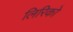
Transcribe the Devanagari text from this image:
लिरिको